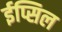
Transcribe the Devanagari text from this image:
ईप्सिल